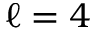
\ell = 4